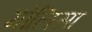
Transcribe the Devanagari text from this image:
मोलिसा